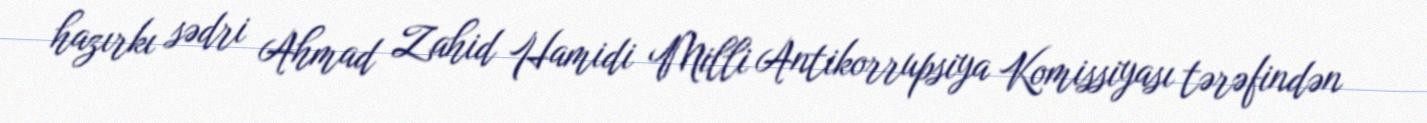
hazırkı sədri Ahmad Zahid Hamidi Milli Antikorrupsiya Komissiyası tərəfindən